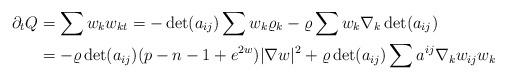
LaTeX: \begin{align*}\partial_tQ&=\sum w_kw_{kt}=-\det (a_{ij})\sum w_k\varrho_k-\varrho\sum w_k\nabla_k\det (a_{ij})\\&=-\varrho\det(a_{ij})(p-n-1+e^{2w})|\nabla w|^2+\varrho\det(a_{ij})\sum a^{ij}\nabla_kw_{ij}w_k\end{align*}